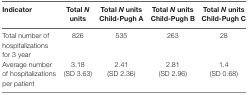
<table><thead><tr><td><b>Indicator</b></td><td><b>Total <i>N</i> units</b></td><td><b>Total <i>N</i> units Child-Pugh A</b></td><td><b>Total <i>N</i> units Child-Pugh B</b></td><td><b>Total <i>N</i> units Child-Pugh C</b></td></tr></thead><tbody><tr><td>Total number of hospitalizations for 3 year</td><td>826</td><td>535</td><td>263</td><td>28</td></tr><tr><td>Average number of hospitalizations per patient</td><td>3.18 (SD 3.63)</td><td>2.41 (SD 2.36)</td><td>2.81 (SD 2.96)</td><td>1.4 (SD 0.68)</td></tr></tbody></table>